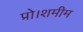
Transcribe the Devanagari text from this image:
प्रो।शमीम